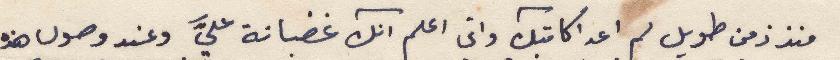
منذ زمن طويل لم اعد اكاتبك واني اعلم انك غضبانة عليَّ وعند وصول هذه